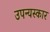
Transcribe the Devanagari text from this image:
उपन्यस्कार